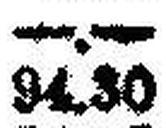
94.30